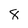
Character: 8